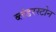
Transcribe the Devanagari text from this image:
ब्लंडरस्टोन